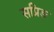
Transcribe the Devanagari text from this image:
सप्रिङ